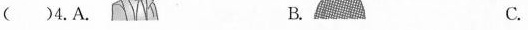
()4.A. B. C.